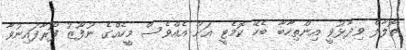
ތޮލާލް ވިދާޅުވީ އިންތިހާބާ ބެހޭ ކޮމެޓީ އަށް އެއްވެސް މީހެއްގެ ނުފޫޒު ފޯރާފައިނުވާ